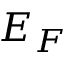
E _ { F }